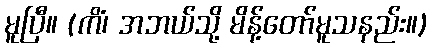
မူပြီ။ (ကိံ၊ အဘယ်သို့ မိန့်တော်မူသနည်း။)